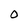
Character: 0